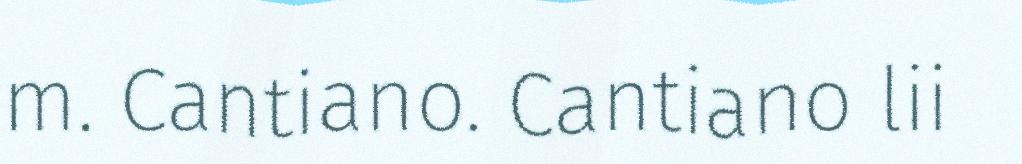
m. Cantiano. Cantiano lii